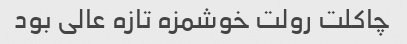
چاکلت رولت خوشمزه تازه عالی بود